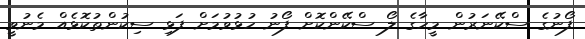
ފޯނުގެ ސްކޭނަރުން މީހާގެ ލޯ ސްކޭންކޮށް ފޯނު ހުޅުވުމަށް ފަޅި ސިކުންތުކޮޅެއް މެނުވީ